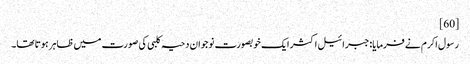
[60]
رسول اکرم نے فرمایا:جبرائیل اکثر ایک خوبصورت نوجوان دحیہ کلبی کی صورت میں ظاہر ہوتا تھا۔